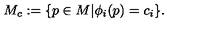
M _ { c } : = \{ p \in M \vert \phi _ { i } ( p ) = c _ { i } \} .